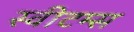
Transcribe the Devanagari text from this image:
स्वीटम्स